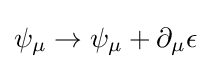
\psi _{\mu }\rightarrow \psi _{\mu }+\partial _{\mu }\epsilon